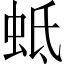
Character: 蚳